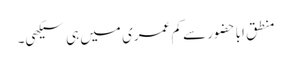
منطق اباحضور سے کم عمری میں ہی سیکھی۔